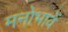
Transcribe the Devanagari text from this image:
मनोभावें